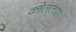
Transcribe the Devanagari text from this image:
कोलतार।